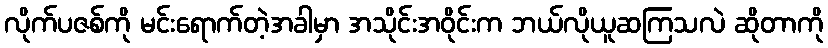
လိုက်ပဇစ်ကို မင်းရောက်တဲ့အခါမှာ အသိုင်းအဝိုင်းက ဘယ်လိုယူဆကြသလဲ ဆိုတာကို